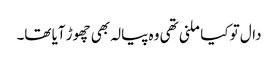
دال تو کیا ملنی تھی وہ پیالہ بھی چھوڑ آیا تھا۔